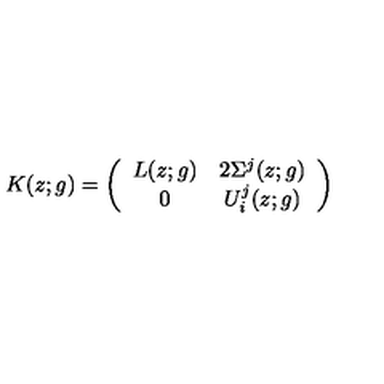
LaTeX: K ( z ; g ) = \left( \begin{array} { c c } { L ( z ; g ) } & { 2 \Sigma ^ { j } ( z ; g ) } \\ { 0 } & { U _ { i } ^ { j } ( z ; g ) } \\ \end{array} \right)